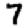
Digit: 7